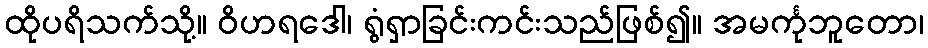
ထိုပရိသက်သို့။ ဝိဟရဒေါ၊ ရွံရှာခြင်းကင်းသည်ဖြစ်၍။ အမင်္ကုဘူတော၊